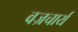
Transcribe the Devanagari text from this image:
वज्रचार्य